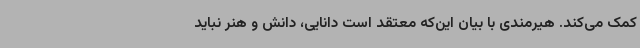
کمک می‌کند. هیرمندی با بیان این‌که معتقد است دانایی، دانش و هنر نباید